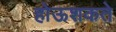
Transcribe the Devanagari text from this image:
होऊशकते